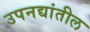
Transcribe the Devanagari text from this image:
उपनद्यांतील